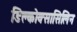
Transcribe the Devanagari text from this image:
डिक्लोक्सासिलिन